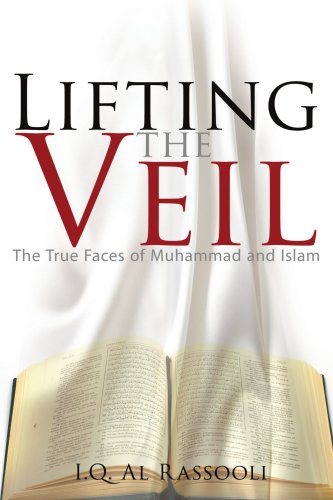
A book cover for Lifting the Veil: The True Faces of Muhammad and Islam; I.Q. Al Rassooli; Religion & Spirituality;